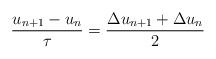
LaTeX: \begin{align*}\frac{u_{n+1}-u_n}{ \tau } = \frac{\Delta u_{n+1} + \Delta u_n}{2}\end{align*}